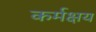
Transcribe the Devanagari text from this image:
कर्मक्षय